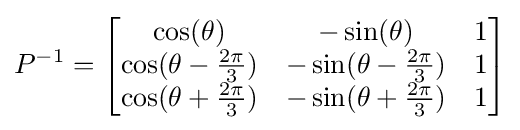
P^{-1}={\begin{bmatrix}\cos(\theta )&-\sin(\theta )&1\\\cos(\theta -{\frac {2\pi }{3}})&-\sin(\theta -{\frac {2\pi }{3}})&1\\\cos(\theta +{\frac {2\pi }{3}})&-\sin(\theta +{\frac {2\pi }{3}})&1\end{bmatrix}}